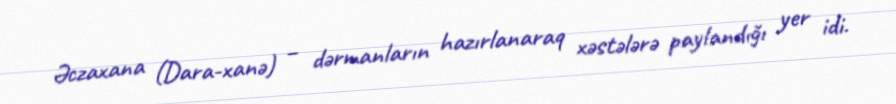
Əczaxana (Dara-xanə) – dərmanların hazırlanaraq xəstələrə paylandığı yer idi.